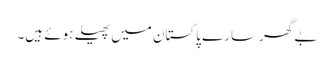
بے گھر سارے پاکستان میں پھیلے ہوئے ہیں۔